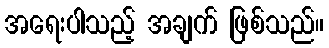
အရေးပါသည့် အချက် ဖြစ်သည်။